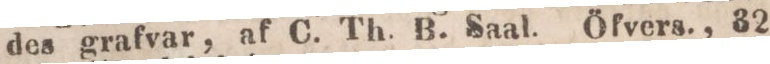
des grafvar, af C. Th. B. Saal. Öfvers., 32